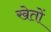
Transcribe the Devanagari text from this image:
खेताें